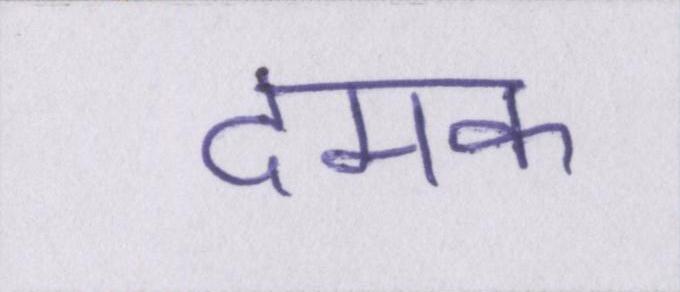
दमक